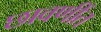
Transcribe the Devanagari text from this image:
छावणींत